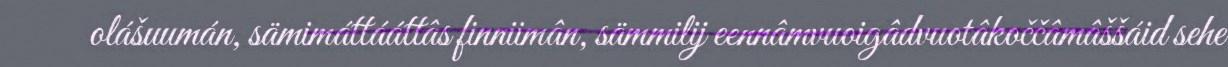
olášuumán, sämimáttááttâs finniimân, sämmilij eennâmvuoigâdvuotâkoččâmâššáid sehe